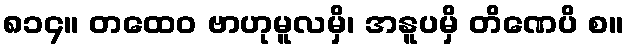
၈၁၄။ တထေဝ ဗာဟုမူလမှိ၊ အနူပမှိ တိဏေပိ စ။